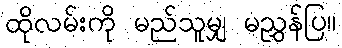
ထိုလမ်းကို မည်သူမျှ မညွှန်ပြ။